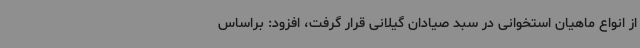
از انواع ماهیان استخوانی در سبد صیادان گیلانی قرار گرفت، افزود: براساس